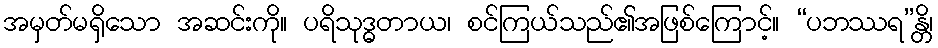
အမှတ်မရှိသော အဆင်းကို။ ပရိသုဒ္ဓတာယ၊ စင်ကြယ်သည်၏အဖြစ်ကြောင့်။ “ပဘဿရ”န္တိ၊